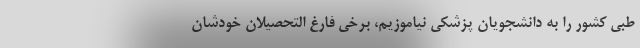
طبی کشور را به دانشجویان پزشکی نیاموزیم، برخی فارغ التحصیلان خودشان